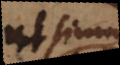
ut simul